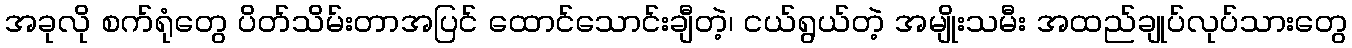
အခုလို စက်ရုံတွေ ပိတ်သိမ်းတာအပြင် ထောင်သောင်းချီတဲ့၊ ငယ်ရွယ်တဲ့ အမျိုးသမီး အထည်ချုပ်လုပ်သားတွေ